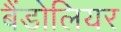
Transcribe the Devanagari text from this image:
बैंडोलियर